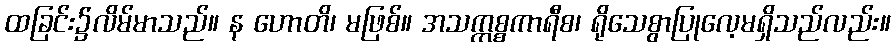
ထခြင်း၌လိမ်မာသည်။ န ဟောတိ၊ မဖြစ်။ အသက္ကစ္စကာရီစ၊ ရိုသေစွာပြုလေ့မရှိသည်လည်း။